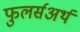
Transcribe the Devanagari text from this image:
फुलर्सअर्थ